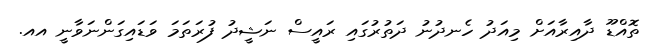
ތޮއްޑޫ ދާއިރާއަށް މިއަދު ހެނދުނު ދަތުރުގައި ރައީސް ނަޝީދު ފުރަތަމަ ވަޑައިގަންނަވާނީ އއ.